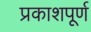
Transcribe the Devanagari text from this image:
प्रकाशपूर्ण